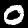
Label: 0